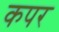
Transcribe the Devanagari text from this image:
कपर